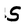
Character: 5